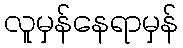
လူမှန်နေရာမှန်